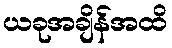
ယခုအချိန်အထိ